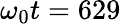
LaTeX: \omega_{0}t=629